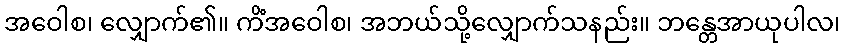
အဝေါစ၊ လျှောက်၏။ ကိံအဝေါစ၊ အဘယ်သို့လျှောက်သနည်း။ ဘန္တေအာယုပါလ၊